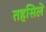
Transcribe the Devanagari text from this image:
तहसिले